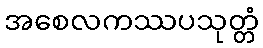
အစေလကဿပသုတ္တံ